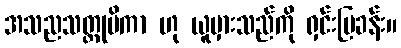
အသညသတ္တုပိကာ ဟု ယူမှားသည်ကို ရှင်းပြခန်း။